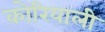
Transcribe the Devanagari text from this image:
कोरियाली